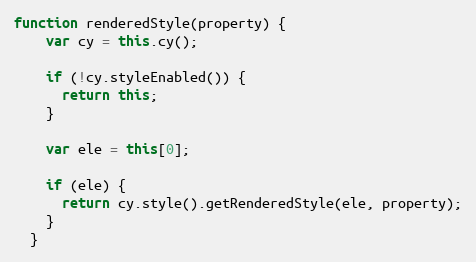
Language: JavaScript
function renderedStyle(property) {
    var cy = this.cy();

    if (!cy.styleEnabled()) {
      return this;
    }

    var ele = this[0];

    if (ele) {
      return cy.style().getRenderedStyle(ele, property);
    }
  }